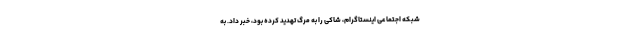
شبکه اجتماعی اینستاگرام، شاکی را به مرگ تهدید کرده بود، خبر داد. به